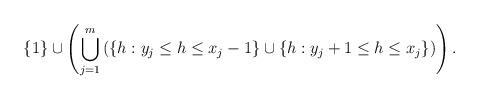
LaTeX: \begin{align*} \{1\} \cup \left(\bigcup_{j=1}^{m}\left(\{h:y_j\leq h\leq x_{j}-1\}\cup \{h:y_j+1\leq h\leq x_{j}\} \right)\right).\end{align*}